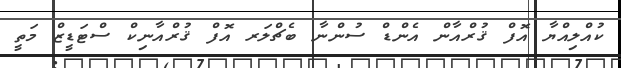
ކުއްލިއްޔާ އޮފް ޤުރްއާން އެންޑް ސުންނާ ބެޗްލަރ އޮފް ޤުރްއާނިކް ސްޓަޑީޒް މަތީ